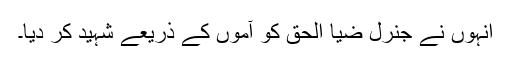
انہوں نے جنرل ضیا الحق کو آموں کے ذریعے شہید کر دیا۔